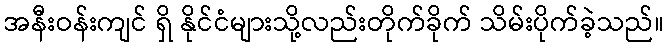
အနီးဝန်းကျင် ရှိ နိုင်ငံများသို့လည်းတိုက်ခိုက် သိမ်းပိုက်ခဲ့သည်။